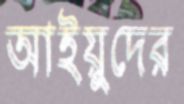
আইয়ুদের